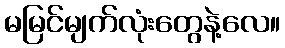
မမြင်မျက်လုံးတွေနဲ့လေ။